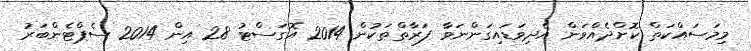
މިމަސައްކަތް ކޮށްދެއްވަން އެދިވަޑައިގަންނަވާ ފަރާތްތަކުން 2014 އޮގަސްޓު 28 އިން 2014 ސެޕްޓެންބަރު